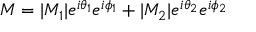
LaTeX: M = | M _ { 1 } | e ^ { i \theta _ { 1 } } e ^ { i \phi _ { 1 } } + | M _ { 2 } | e ^ { i \theta _ { 2 } } e ^ { i \phi _ { 2 } }